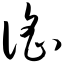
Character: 谣